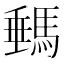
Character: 𩣷